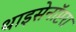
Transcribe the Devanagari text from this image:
थाइसेनॉप्टरा